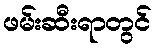
ဖမ်းဆီးရာတွင်